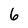
Character: 6